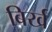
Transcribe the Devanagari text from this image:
बिर्ख